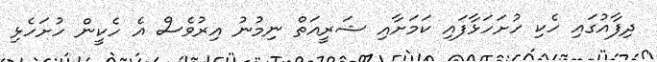
ދިފާއުގައި ހެކި ހުށަހަޅާފައި ކަމަށާއި ޝަރީއަތް ނިމުނު އިރުވެސް އެ ހެކީން ހުށަހެޅި